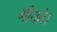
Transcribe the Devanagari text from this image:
गीयते।